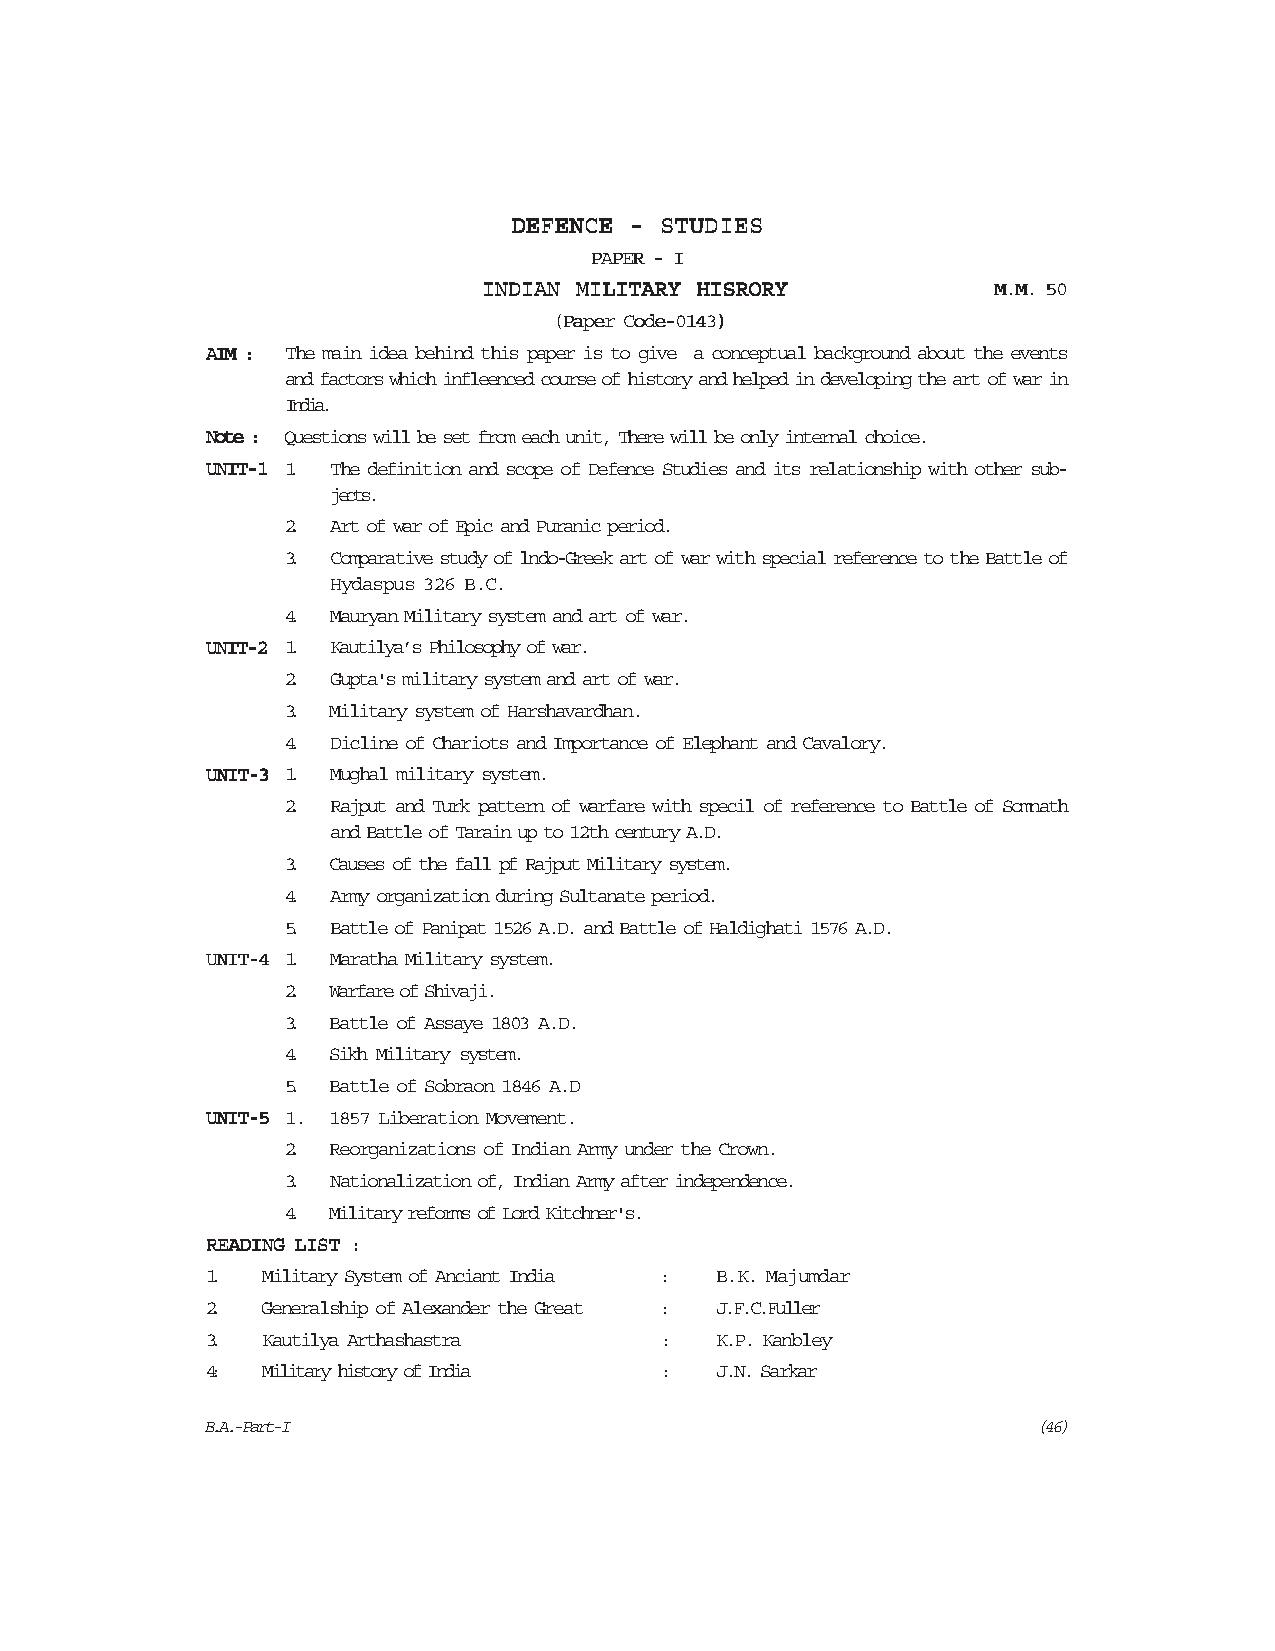
DDDDDEEEEEFFFFFEEEEENNNNNCCCCCEEEEE ----- SSSSSTTTTTUUUUUDDDDDIIIIIEEEEESSSSS
 PPPPPAAAAAPPPPPEEEEERRRRR ----- IIIII
 IIIIINNNNNDDDDDIIIIIAAAAANNNNN MMMMMIIIIILLLLLIIIIITTTTTAAAAARRRRRYYYYY HHHHHIIIIISSSSSRRRRROOOOORRRRRYYYYY MMMMM.....MMMMM..... 5555500000
 (((((PPPPPaaaaapppppeeeeerrrrr CCCCCooooodddddeeeee-----00000111114444433333)))))
 AAAAAIIIIIMMMMM ::::: The main idea behind this paper is to give a conceptual background about the events
 and factors which infleenced course of history and helped in developing the art of war in
 India.
 NNNNNooooottttteeeee ::::: Questions will be set from each unit, There will be only internal choice.
 UUUUUNNNNNIIIIITTTTT-----11111 1. The definition and scope of Defence Studies and its relationship with other sub-
 jects.
 2. Art of war of Epic and Puranic period.
 3. Comparative study of lndo-Greek art of war with special reference to the Battle of
 Hydaspus 326 B.C.
 4. Mauryan Military system and art of war.
 UUUUUNNNNNIIIIITTTTT-----22222 1. Kautilya’s Philosophy of war.
 2. Gupta's military system and art of war.
 3. Military system of Harshavardhan.
 4. Dicline of Chariots and Importance of Elephant and Cavalory.
 UUUUUNNNNNIIIIITTTTT-----33333 1. Mughal military system.
 2. Rajput and Turk pattern of warfare with specil of reference to Battle of Somnath
 and Battle of Tarain up to 12th century A.D.
 3. Causes of the fall pf Rajput Military system.
 4. Army organization during Sultanate period.
 5. Battle of Panipat 1526 A.D. and Battle of Haldighati 1576 A.D.
 UUUUUNNNNNIIIIITTTTT-----44444 1. Maratha Military system.
 2. Warfare of Shivaji.
 3. Battle of Assaye 1803 A.D.
 4. Sikh Military system.
 5. Battle of Sobraon 1846 A.D
 UUUUUNNNNNIIIIITTTTT-----55555 1 . 1857 Liberation Movement.
 2. Reorganizations of Indian Army under the Crown.
 3. Nationalization of, Indian Army after independence.
 4. Military reforms of Lord Kitchner's.
 RRRRREEEEEAAAAADDDDDIIIIINNNNNGGGGG LLLLLIIIIISSSSSTTTTT :::::
 1. Military System of Anciant India : B.K. Majumdar
 2. Generalship of Alexander the Great : J.F.C.Fuller
 3. Kautilya Arthashastra      :  K.P. Kanbley
 4: Military history of India  :  J.N. Sarkar
 B.A.-Part-I                                             (46)